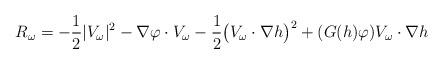
LaTeX: \begin{align*} R_\omega = -\frac{1}{2} |V_\omega|^2 -\nabla \varphi \cdot V_\omega - \frac{1}{2} \big(V_\omega \cdot \nabla h\big)^2 + (G(h) \varphi) V_\omega \cdot \nabla h \end{align*}